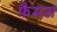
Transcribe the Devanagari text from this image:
फैमस